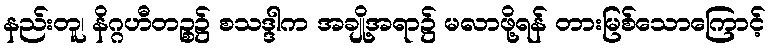
နည်းတူ၊ နိဂ္ဂဟီတဉ္စ၌ စသဒ္ဒါက အချို့အရာ၌ မလာဖို့ရန် တားမြစ်သောကြောင့်